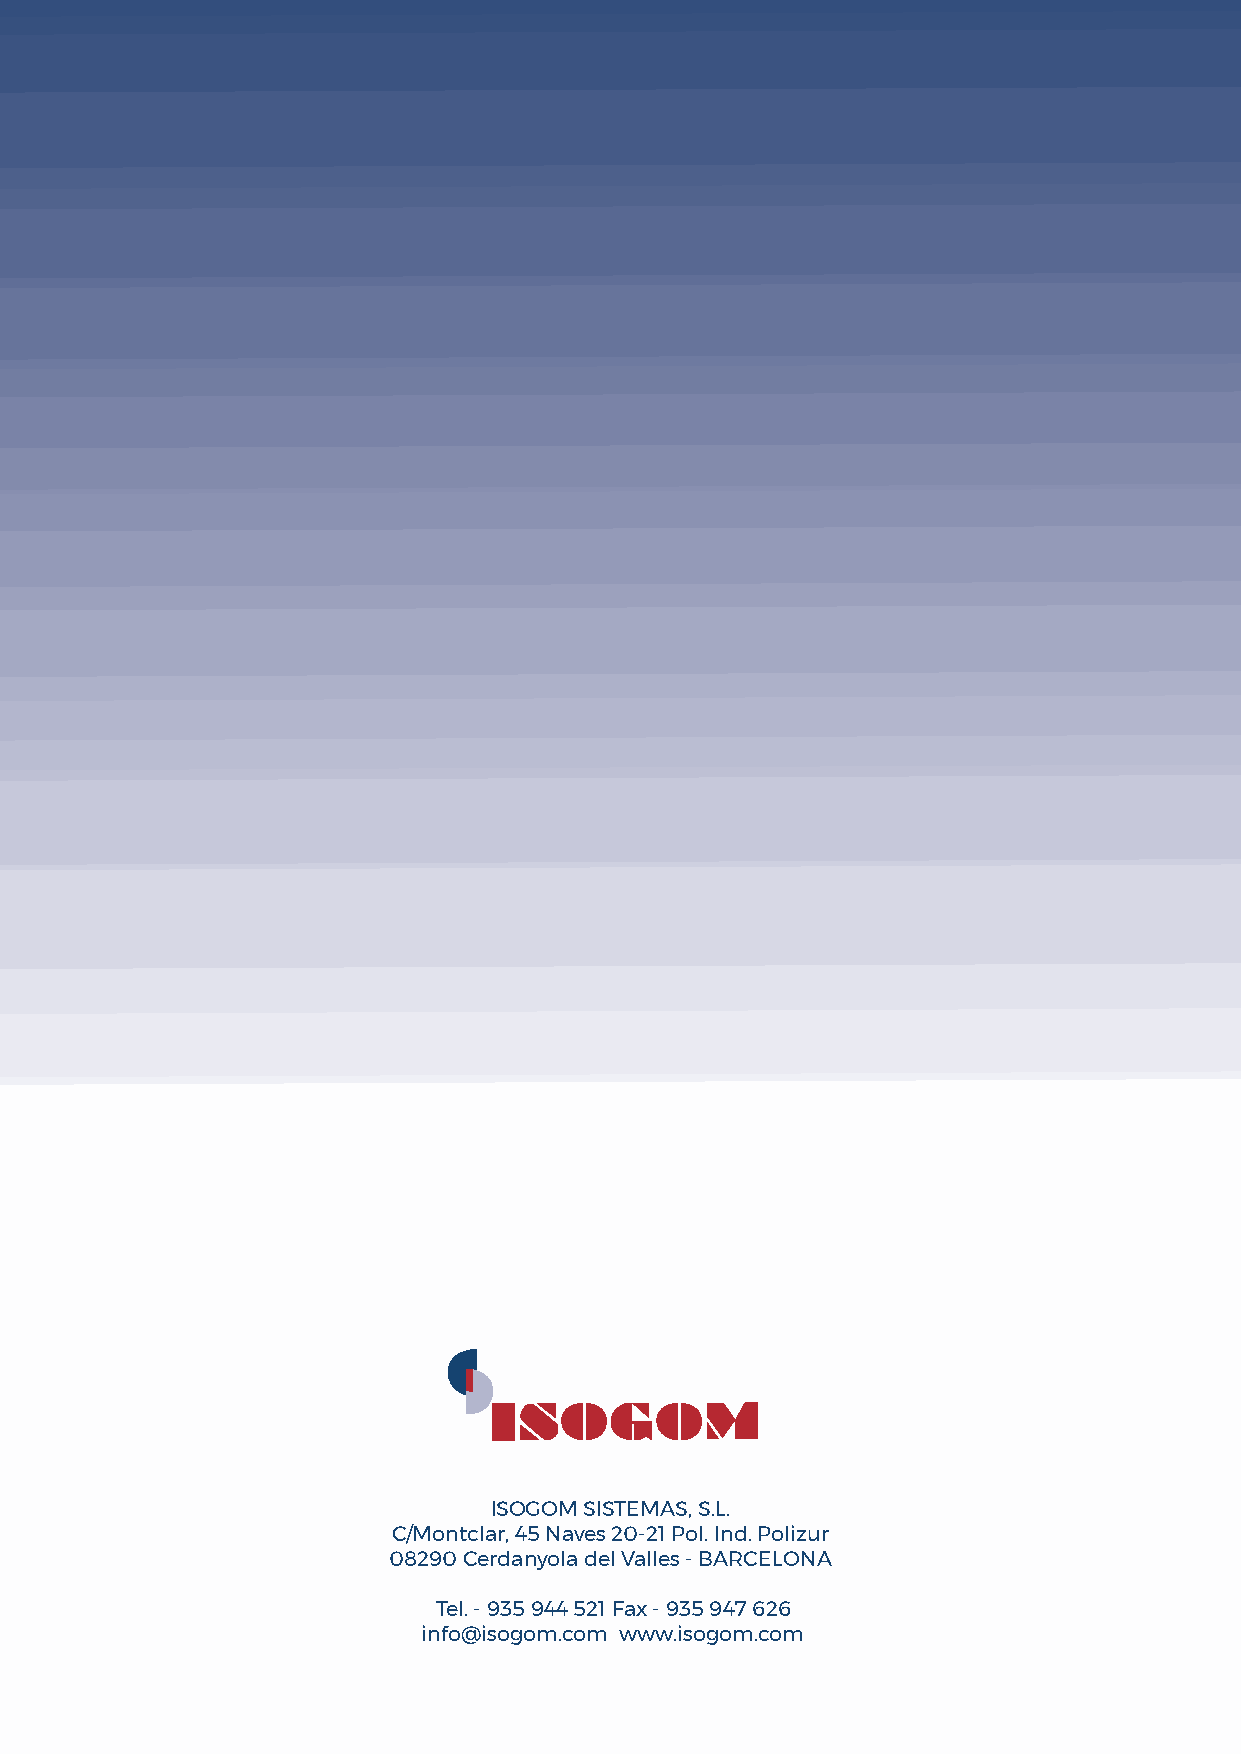
ISOGOM SISTEMAS, S.L.
 C/Montclar, 45 Naves 20-21 Pol. Ind. Polizur
 08290 Cerdanyola del Valles - BARCELONA
 Tel. - 935 944 521 Fax - 935 947 626
 info@isogom.com www.isogom.com